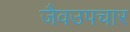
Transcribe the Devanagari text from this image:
जैवउपचार